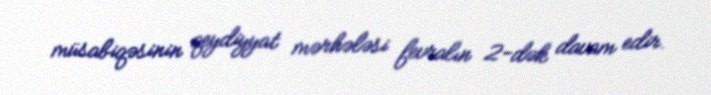
müsabiqəsinin qeydiyyat mərhələsi fevralın 2-dək davam edir.